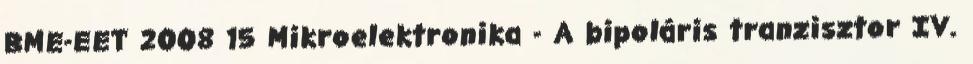
BME-EET 2008 15 Mikroelektronika - A bipoláris tranzisztor IV.